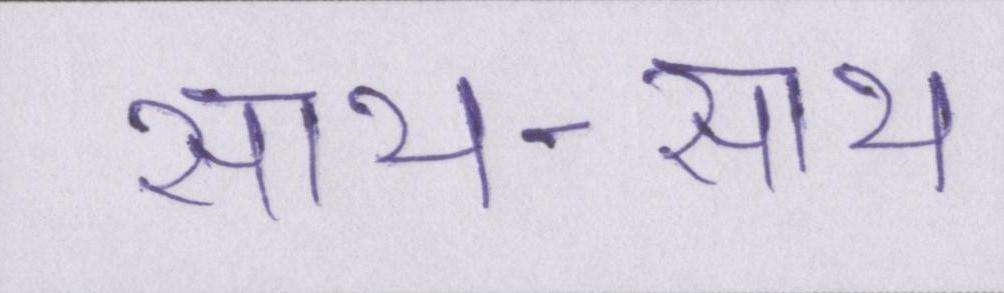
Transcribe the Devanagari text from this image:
साथ-साथ